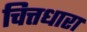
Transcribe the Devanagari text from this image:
चित्तधारा